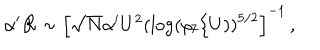
\alpha ^ { \prime } { \cal { R } } \sim \left[ \sqrt { N } \alpha ^ { \prime } U ^ { 2 } \left( \log ( \rho _ { 7 } / U ) \right) ^ { 5 / 2 } \right] ^ { - 1 } \, ,